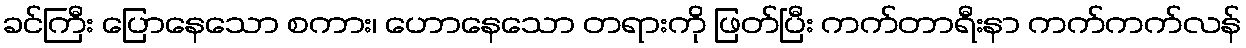
ခင်ကြီး ပြောနေသော စကား၊ ဟောနေသော တရားကို ဖြတ်ပြီး ကက်တာရီးနာ ကက်ကက်လန်